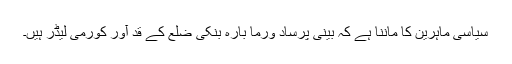
سیاسی ماہرین کا ماننا ہے کہ بینی پرساد ورما بارہ بنکی ضلع کے قد آور کورمی لیڈر ہیں۔